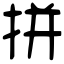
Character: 拼